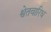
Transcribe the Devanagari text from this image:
श्वेतवारिध